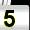
Digit: 5